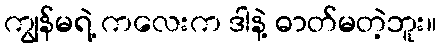
ကျွန်မရဲ့ ကလေးက ဒါနဲ့ ဓာတ်မတဲ့ဘူး။